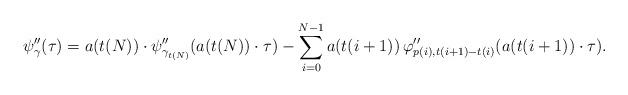
LaTeX: \begin{align*}\psi''_{\gamma}(\tau)=a(t(N))\cdot \psi''_{\gamma_{t(N)}}(a(t(N))\cdot \tau)-\sum_{i=0}^{N-1} a(t(i+1))\,\varphi''_{p(i),t(i+1)-t(i)}(a(t(i+1))\cdot \tau).\end{align*}